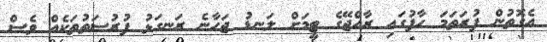
އެގޮތުން ފުރަތަމަ ހާފުގައި ރާއްޖޭގެ ޓީމަށް ލަނޑު ޖަހާނެ ރަނގަޅު ފުރުސަތުތަކެއް ވެސް